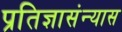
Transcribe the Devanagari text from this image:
प्रतिज्ञासंन्यास